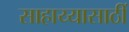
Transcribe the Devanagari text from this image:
साहाय्यासाठीं